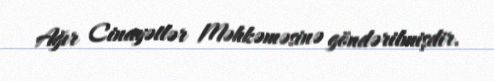
Ağır Cinayətlər Məhkəməsinə göndərilmişdir.